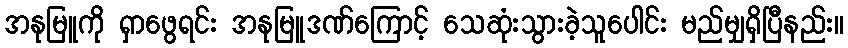
အနုမြူကို ရှာဖွေရင်း အနုမြူဒဏ်ကြောင့် သေဆုံးသွားခဲ့သူပေါင်း မည်မျှရှိပြီနည်း။